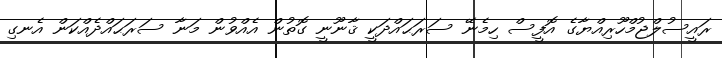
ރައީސުލްޖުމްހޫރިއްޔާގެ އޮފީސް ހިމެނޭ ސަރަޙައްދަކީ ޤާނޫނީ ގޮތުން އެއްވުން މަނާ ސަރަޙައްދެއްކަން އެނގި